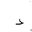
Letter: _dal